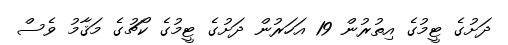
ދަށުގެ ޓީމުގެ އިތުރުން 19 އަހަރުން ދަށުގެ ޓީމުގެ ކޯޗުގެ މަޤާމު ވެސް